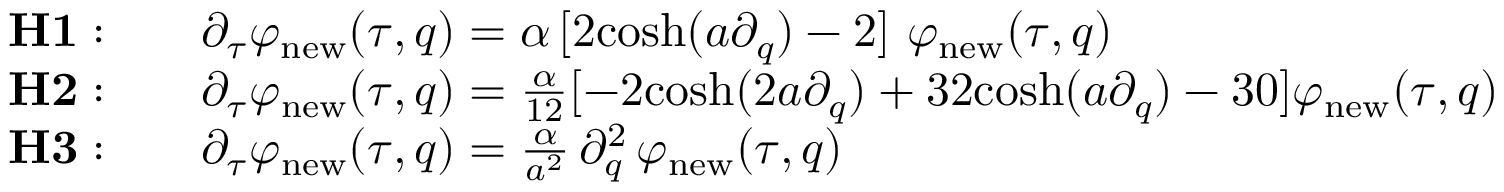
\begin{array} { r l } { { \bf H 1 : } } & { \quad \partial _ { \tau } \varphi _ { \mathrm { n e w } } ( \tau , q ) = \alpha \, [ 2 \mathrm { c o s h } ( a \partial _ { q } ) - 2 ] \ \varphi _ { \mathrm { n e w } } ( \tau , q ) } \\ { { \bf H 2 : } } & { \quad \partial _ { \tau } \varphi _ { \mathrm { n e w } } ( \tau , q ) = \frac { \alpha } { 1 2 } [ - 2 \mathrm { c o s h } ( 2 a \partial _ { q } ) + 3 2 \mathrm { c o s h } ( a \partial _ { q } ) - 3 0 ] \varphi _ { \mathrm { n e w } } ( \tau , q ) } \\ { { \bf H 3 : } } & { \quad \partial _ { \tau } \varphi _ { \mathrm { n e w } } ( \tau , q ) = \frac { \alpha } { a ^ { 2 } } \, \partial _ { q } ^ { 2 } \, \varphi _ { \mathrm { n e w } } ( \tau , q ) } \end{array}